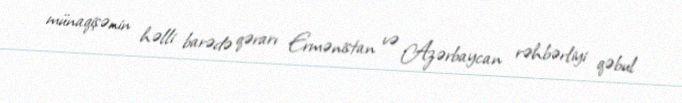
münaqişənin həlli barədə qərarı Ermənistan və Azərbaycan rəhbərliyi qəbul